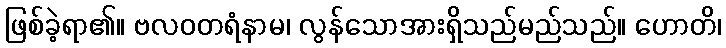
ဖြစ်ခဲ့ရာ၏။ ဗလဝတရံနာမ၊ လွန်သောအားရှိသည်မည်သည်။ ဟောတိ၊